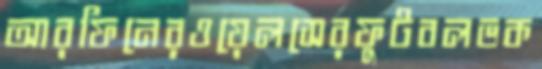
আরফিনেরওয়েলসেরফুটবলভক